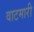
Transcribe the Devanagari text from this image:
वाटमारी